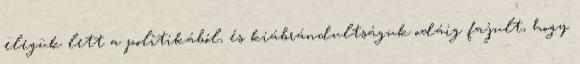
elegük lett a politikából, és kiábrándultságuk odáig fajult, hogy